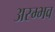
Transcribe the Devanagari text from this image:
अस्म्भव